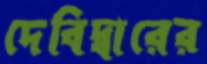
দেবিদ্বারের